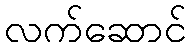
လက်ဆောင်